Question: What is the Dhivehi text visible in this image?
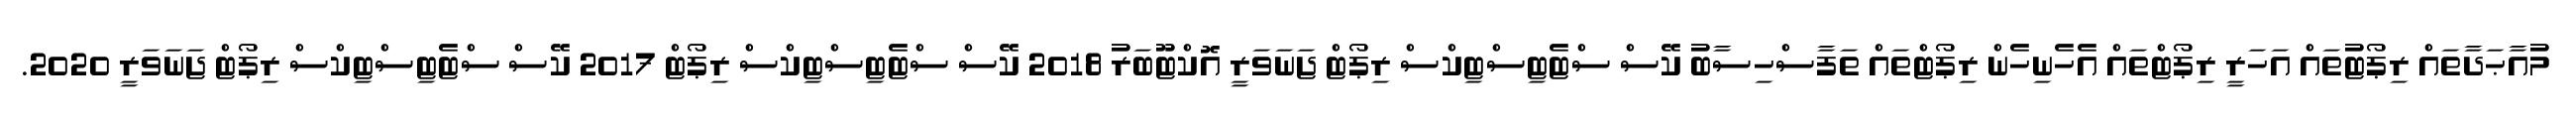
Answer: މުއާޙަދާތައް ރިޕޯޓުތައް އަހަރީ ރިޕޯޓްތައް އެހެނިހެން ރިޕޯޓްތައް ތަފާސްހިސާބު ކޭސް ސްޓެޓިސްޓިކްސް ރިޕޯޓް ޖަނަވަރީ އޮކްޓޫބަރު 2018 ކޭސް ސްޓެޓިސްޓިކްސް ރިޕޯޓް 2017 ކޭސް ސްޓެޓިސްޓިކްސް ރިޕޯޓް ޖަނަވަރީ 2020.